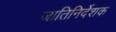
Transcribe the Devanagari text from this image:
जातिनिर्देशक